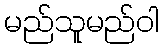
မည်သူမည်ဝါ